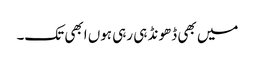
میں بھی ڈھونڈ ہی رہی ہوں ابھی تک۔